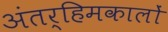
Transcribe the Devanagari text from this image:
अंतर्हिमकालों